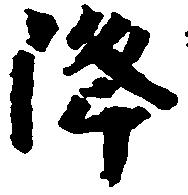
降